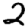
Digit: 2